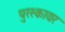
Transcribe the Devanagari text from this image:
पुरस्कायर